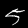
Digit: 5